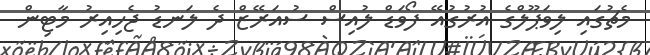
މެޗުގައި ލިވަޕޫލްގެ އުރުގުއޭ ފޯވަޑް ލުއިސް ސުއަރޭޒް ދެ ލަނޑު ޖެހިއިރު މާޓިން